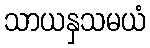
သာယနှသမယံ